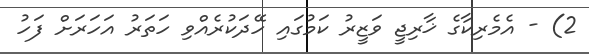
2) - އެމެރިކާގެ ޚާރިޖީ ވަޒީރު ކަމުގައި ހޭދަކުރެއްވި ހަތަރު އަހަރަށް ފަހު